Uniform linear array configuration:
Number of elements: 4
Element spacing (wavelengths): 0.75
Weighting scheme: cosine
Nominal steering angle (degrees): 0
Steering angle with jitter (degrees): -0.8678
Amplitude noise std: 0.05
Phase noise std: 0.05

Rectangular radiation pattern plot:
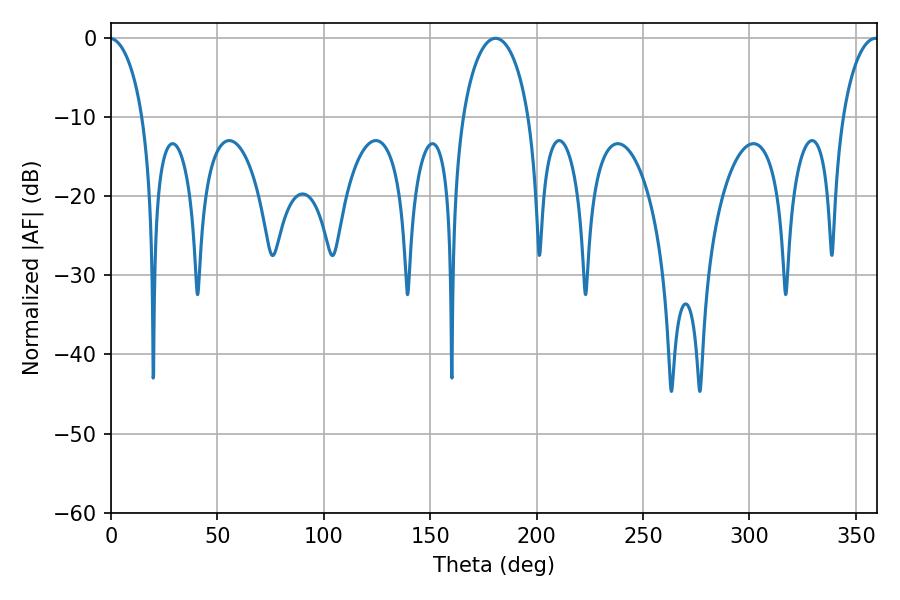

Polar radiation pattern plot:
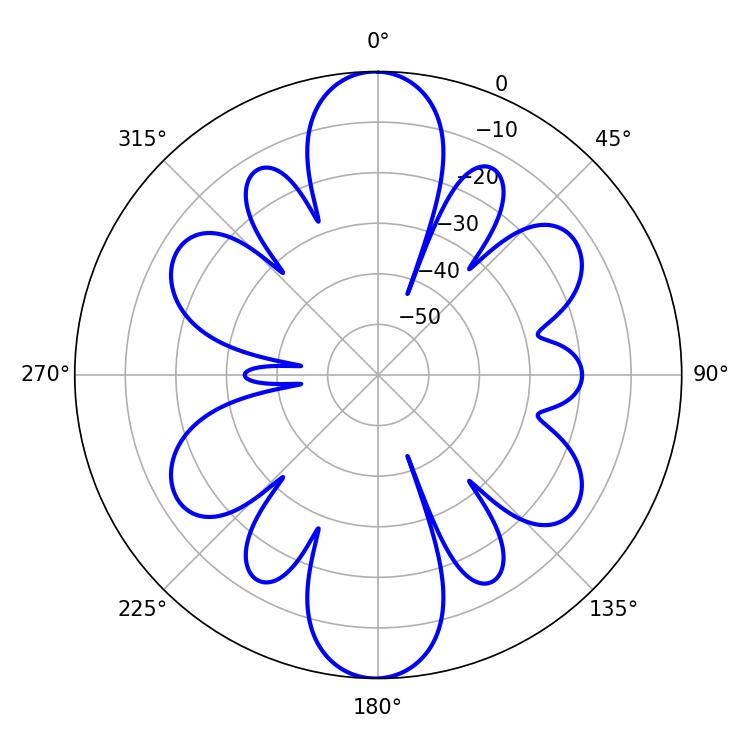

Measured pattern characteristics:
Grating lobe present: TRUE
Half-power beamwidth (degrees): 18
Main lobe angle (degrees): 180.72